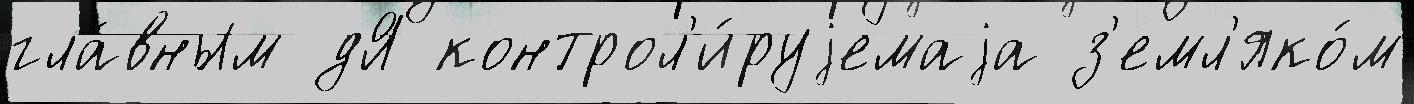
гла́вным дЯ контрол'и́руjемаjа з'емл'яко́м